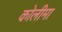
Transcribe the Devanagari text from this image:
कोलीमा